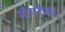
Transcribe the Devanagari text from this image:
गौरलीला